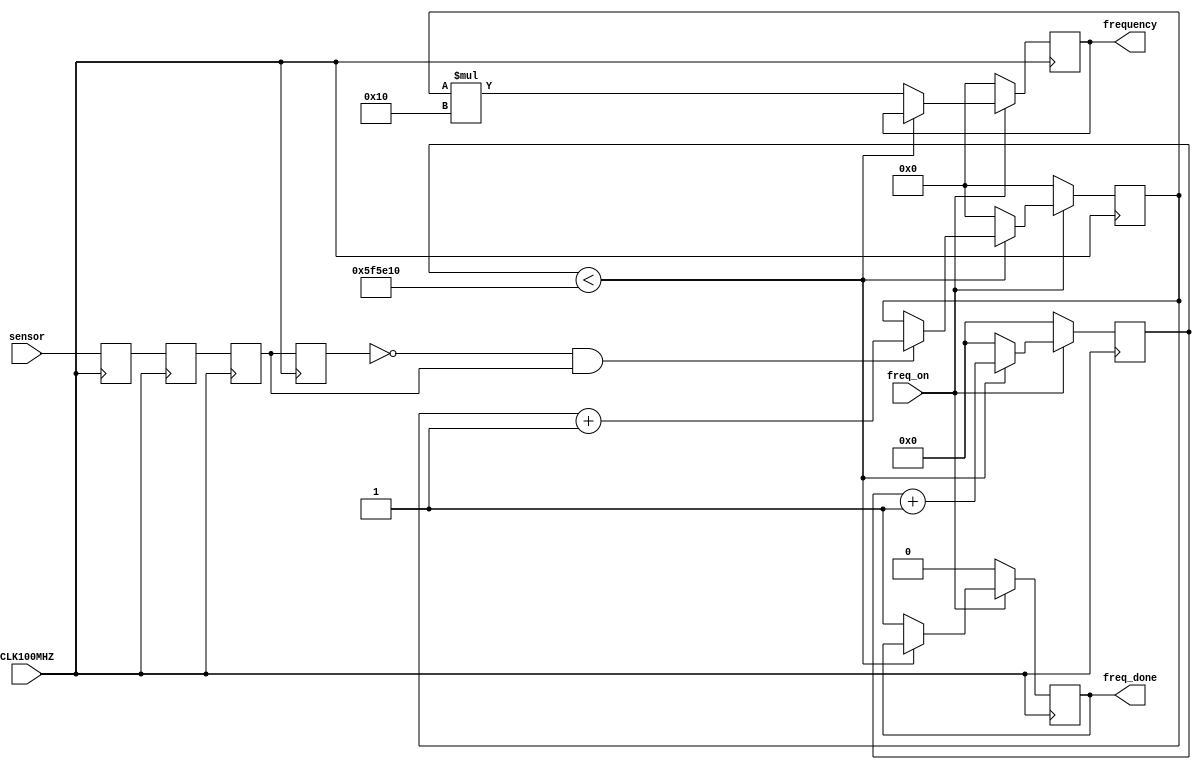
`timescale 1ns / 1ps
//////////////////////////////////////////////////////////////////////////////////
// Company: 
// Engineer: 
// 
// Design Name: 
// Module Name: FrequencyCounter
// Project Name: 
// Target Devices: 
// Tool Versions: 
// Description: 
// 
// Dependencies: 
// 
// Revision:
// Revision 0.01 - File Created
// Additional Comments:
// 
//////////////////////////////////////////////////////////////////////////////////


module FrequencyCounter(
    input CLK100MHZ,
    input freq_on,
    input sensor,
    
    output reg [20:0] frequency = 21'b0,
    output reg freq_done = 0
    );
    
    reg[31:0] second = 32'b0;
    reg[20:0] counter = 21'b0;
    
    reg previous = 0;
    reg sensor1 = 0;
    reg sensor2 = 0;
    reg sensor3 = 0;
    
    parameter sixteenth = 6_250_000;
    
    always @ (posedge CLK100MHZ)  //flip flop to sync incoming signal with clock
    begin
        sensor1 <= sensor;
        sensor2 <= sensor1;
        sensor3 <= sensor2;
    end
    
    always @ (posedge CLK100MHZ)
        previous <= sensor3;
    
    always @ (posedge CLK100MHZ)
        if(~freq_on)  //reset when on signal is low
            begin
            frequency = 0;
            counter = 0;
            second = 0;
            freq_done = 0;
            end
        else
            begin
            if (second < sixteenth) //if 1/16th of a second has not yet passed
                begin
                second = second + 1;
                if ((previous == 0) && (sensor3 == 1)) //count high edges
                    begin
                    counter = counter + 1;
                    end
                end
            else 
                begin
                frequency = 0;
                frequency = counter * 16;  //multiply counted edges by 16 for actual frequency
                counter = 0;
                second = 0;
                freq_done = 1;
                end
            end
endmodule